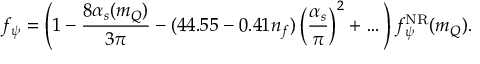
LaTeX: f _ { \psi } = \left( 1 - \frac { 8 \alpha _ { s } ( m _ { Q } ) } { 3 \pi } - ( 4 4 . 5 5 - 0 . 4 1 n _ { f } ) \left( \frac { \alpha _ { s } } { \pi } \right) ^ { 2 } + \ldots \, \right) f _ { \psi } ^ { \mathrm { N R } } ( m _ { Q } ) .